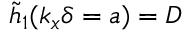
\tilde { h } _ { 1 } ( k _ { x } \delta = a ) = D